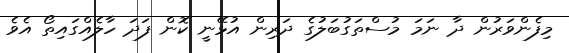
މިފެންވަރުން ދާ ނަމަ މުސްތަގުބަލުގެ ދަރިން އުޅޭނީ ކޮން ފަދަ ހާލެއްގައިތޯ އެވެ